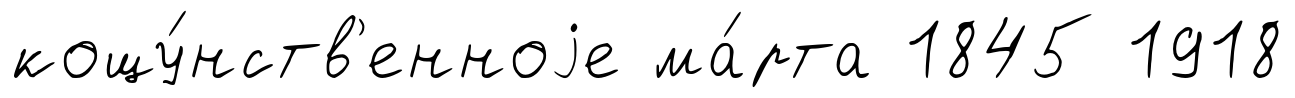
кощу́нств'енноjе ма́рта 1845 1918